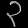
Digit: ၃